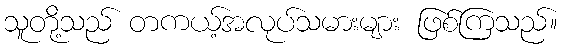
သူတို့သည် တကယ့်အလုပ်သမားများ ဖြစ်ကြသည်။